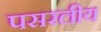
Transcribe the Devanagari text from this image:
पसरलीय